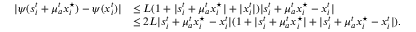
\begin{array} { r l } { | \psi ( s _ { i } ^ { t } + \mu _ { a } ^ { t } x _ { i } ^ { \star } ) - \psi ( x _ { i } ^ { t } ) | } & { \leq L ( 1 + | s _ { i } ^ { t } + \mu _ { a } ^ { t } x _ { i } ^ { \star } | + | x _ { i } ^ { t } | ) | s _ { i } ^ { t } + \mu _ { a } ^ { t } x _ { i } ^ { \star } - x _ { i } ^ { t } | } \\ & { \leq 2 L | s _ { i } ^ { t } + \mu _ { a } ^ { t } x _ { i } ^ { \star } - x _ { i } ^ { t } | ( 1 + | s _ { i } ^ { t } + \mu _ { a } ^ { t } x _ { i } ^ { \star } | + | s _ { i } ^ { t } + \mu _ { a } ^ { t } x _ { i } ^ { \star } - x _ { i } ^ { t } | ) . } \end{array}